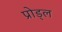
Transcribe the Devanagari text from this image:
प्रोड्ल